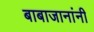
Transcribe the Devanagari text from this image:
बाबाजानांनी